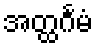
အတ္ထင်္ဂမံ